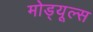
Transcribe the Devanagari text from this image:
मोड्यूल्स